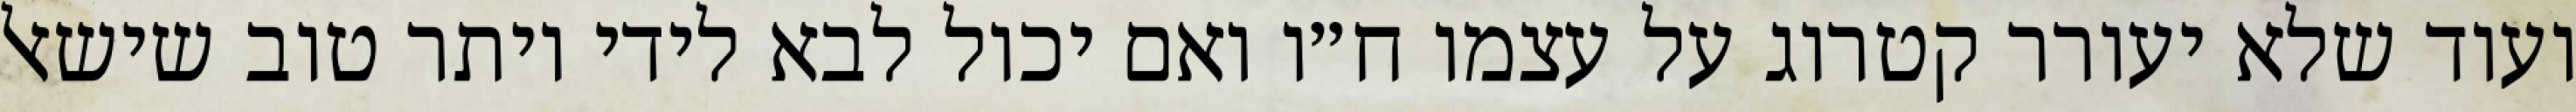
ועוד שלא יעורר קטרוג על עצמו ח״ו ואם יכול לבא לידי יותר טוב שישאל